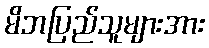
မိဘပြည်သူများအား